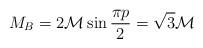
LaTeX: \begin{align*}M_{B}=2{\mathcal{M}}\sin \frac{\pi p}{2}=\sqrt{3}{\mathcal{M}}\end{align*}